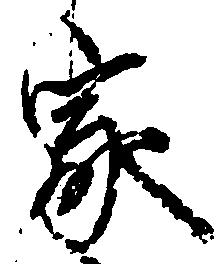
家